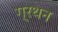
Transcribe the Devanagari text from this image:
ग्रथन